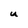
Character: U